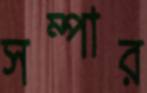
সম্পার